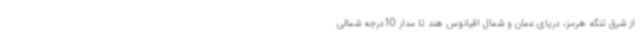
از شرق تنگه هرمز، دریای عمان و شمال اقیانوس هند تا مدار 10درجه شمالی